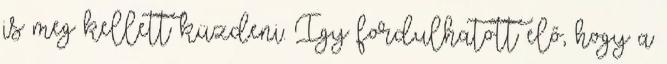
is meg kellett küzdeni. Így fordulhatott elő, hogy a